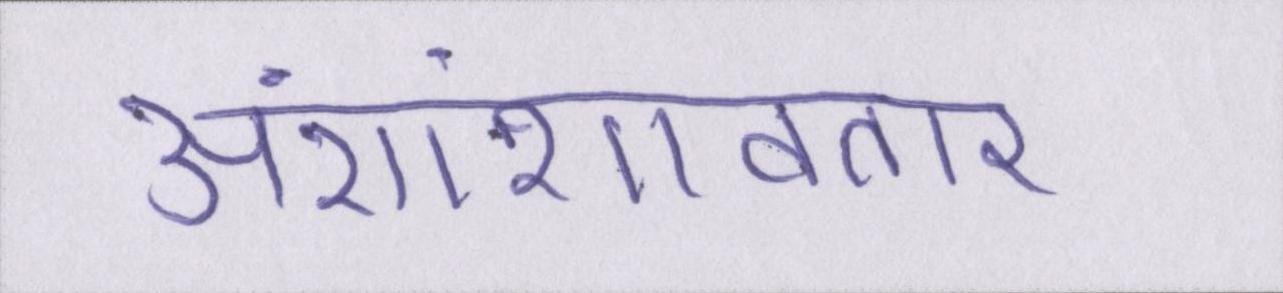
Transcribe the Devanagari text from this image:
अंशांशावतार